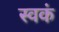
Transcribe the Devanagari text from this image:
स्वकं